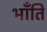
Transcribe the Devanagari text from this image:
भाँंति